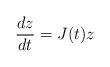
LaTeX: \begin{align*}\frac{d z}{dt} = J(t)z\end{align*}